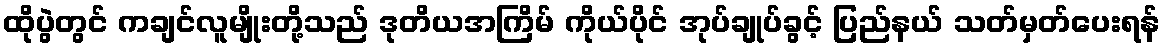
ထိုပွဲတွင် ကချင်လူမျိုးတို့သည် ဒုတိယအကြိမ် ကိုယ်ပိုင် အုပ်ချုပ်ခွင့် ပြည်နယ် သတ်မှတ်ပေးရန်